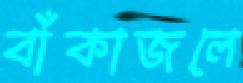
বাঁকাজলে